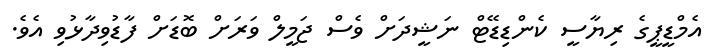
އެމްޑީޕީގެ ރިޔާސީ ކެންޑިޑޭޓް ނަޝީދަށް ވެސް ޖަމީލް ވަރަށް ބޮޑަށް ފާޑުވިދާޅުވި އެވެ.